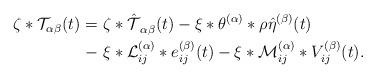
LaTeX: \begin{align*}\begin{aligned}\zeta*\mathcal{T}_{\alpha\beta}(t)=\ & \mathcal{\zeta*\hat{T}}_{\alpha\beta}(t)-\xi*\theta^{(\alpha)}*\rho\hat{\eta}^{(\beta)}(t)\\-\ & \xi*\mathcal{L}_{ij}^{(\alpha)}*e_{ij}^{(\beta)}(t)-\xi*\mathcal{M}_{ij}^{(\alpha)}*V_{ij}^{(\beta)}(t).\end{aligned}\end{align*}